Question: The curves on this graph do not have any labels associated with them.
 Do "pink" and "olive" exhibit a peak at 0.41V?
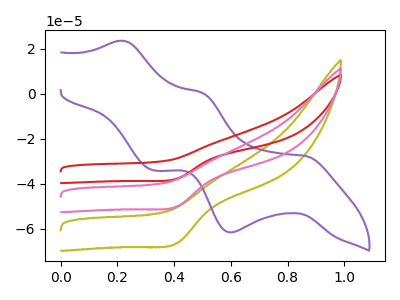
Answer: <think>The olive curve "olive" has a cathodic peak at: (0.40V, -66.25uA). The purple curve "purple" has anodic peaks at (0.20V, 23.50uA) (0.50V, 0.45uA) and cathodic peaks at (0.85V, -27.55uA) (0.60V, -61.50uA) (0.35V, -33.95uA). The red curve "red" has a cathodic peak at: (0.40V, -99.90uA). The pink curve "pink" has a cathodic peak at: (0.40V, -49.95uA).</think>
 <answer>Yes, "pink" and "olive" share a peak at 0.41V.</answer>
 <eval>match</eval>